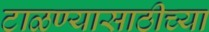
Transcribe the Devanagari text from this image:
टाळण्यासाठीच्या